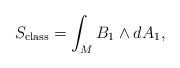
LaTeX: \begin{align*}S_{{\rm class}} = \int_{M} B_{1}\wedge dA_{1},\end{align*}